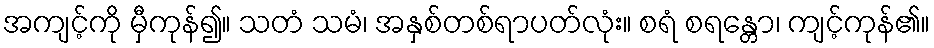
အကျင့်ကို မှီကုန်၍။ သတံ သမံ၊ အနှစ်တစ်ရာပတ်လုံး။ စရံ စရန္တော၊ ကျင့်ကုန်၏။